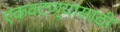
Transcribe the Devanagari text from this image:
एकवटण्यासाठी